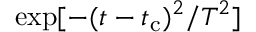
\exp [ - ( t - t _ { \mathrm { c } } ) ^ { 2 } / T ^ { 2 } ]